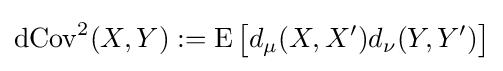
\operatorname {dCov} ^{2}(X,Y):=\operatorname {E} {\big [}d_{\mu }(X,X')d_{\nu }(Y,Y'){\big ]}